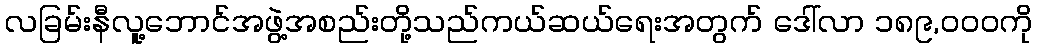
လခြမ်းနီလူ့ဘောင်အဖွဲ့အစည်းတို့သည်ကယ်ဆယ်ရေးအတွက် ဒေါ်လာ ၁၈၉,၀၀၀ကို